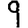
Digit: 9